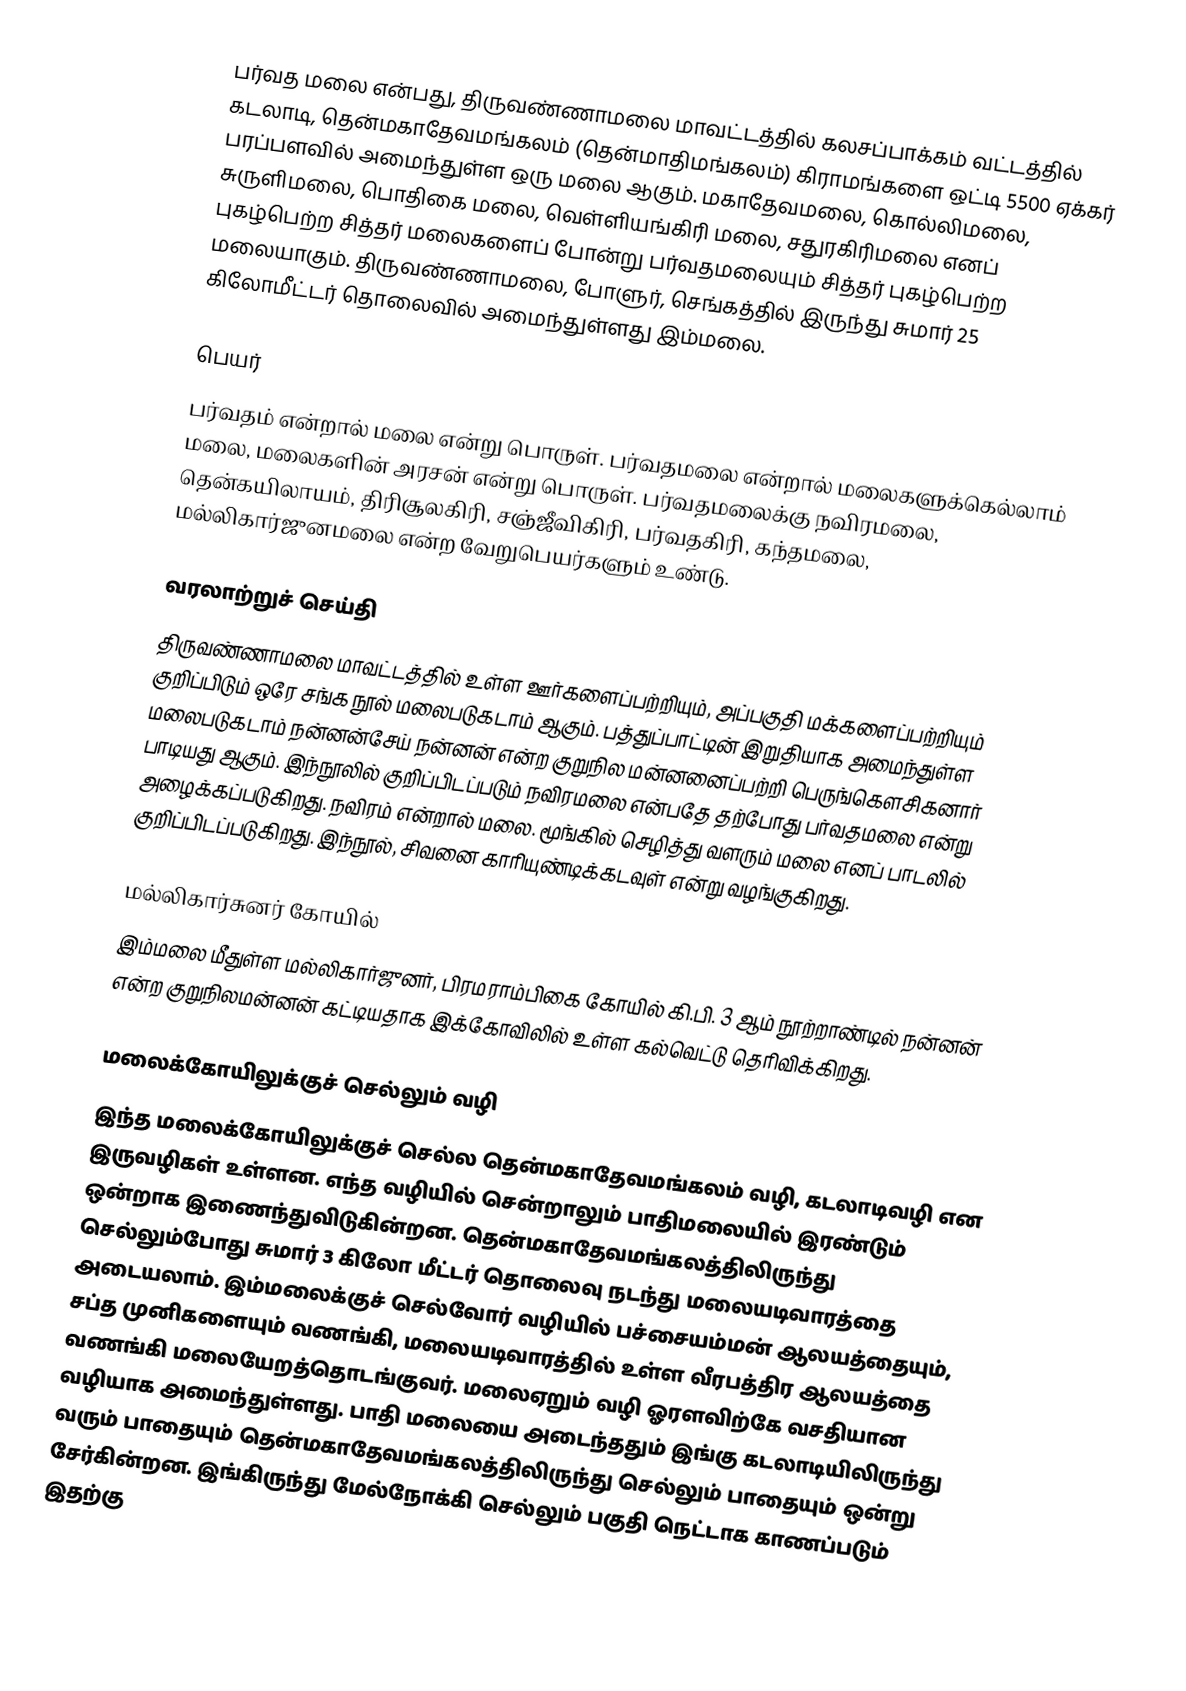
பர்வத மலை என்பது, திருவண்ணாமலை மாவட்டத்தில் கலசப்பாக்கம் வட்டத்தில் கடலாடி, தென்மகாதேவமங்கலம் (தென்மாதிமங்கலம்) கிராமங்களை ஒட்டி 5500 ஏக்கர் பரப்பளவில் அமைந்துள்ள ஒரு மலை ஆகும். மகாதேவமலை, கொல்லிமலை, சுருளிமலை, பொதிகை மலை, வெள்ளியங்கிரி மலை, சதுரகிரிமலை எனப் புகழ்பெற்ற சித்தர் மலைகளைப் போன்று பர்வதமலையும் சித்தர் புகழ்பெற்ற மலையாகும். திருவண்ணாமலை, போளுர், செங்கத்தில் இருந்து சுமார் 25 கிலோமீட்டர் தொலைவில் அமைந்துள்ளது இம்மலை.

பெயர்
பர்வதம் என்றால் மலை என்று பொருள். பர்வதமலை என்றால் மலைகளுக்கெல்லாம் மலை, மலைகளின் அரசன் என்று பொருள். பர்வதமலைக்கு நவிரமலை, தென்கயிலாயம், திரிசூலகிரி, சஞ்ஜீவிகிரி, பர்வதகிரி, கந்தமலை, மல்லிகார்ஜுனமலை என்ற வேறுபெயர்களும் உண்டு.

வரலாற்றுச் செய்தி
திருவண்ணாமலை மாவட்டத்தில் உள்ள ஊர்களைப்பற்றியும், அப்பகுதி மக்களைப்பற்றியும் குறிப்பிடும் ஒரே சங்க நூல் மலைபடுகடாம் ஆகும். பத்துப்பாட்டின் இறுதியாக அமைந்துள்ள மலைபடுகடாம் நன்னன்சேய் நன்னன் என்ற குறுநில மன்னனைப்பற்றி பெருங்கௌசிகனார் பாடியது ஆகும். இந்நூலில் குறிப்பிடப்படும் நவிரமலை என்பதே தற்போது பர்வதமலை என்று அழைக்கப்படுகிறது. நவிரம் என்றால் மலை. மூங்கில் செழித்து வளரும் மலை எனப் பாடலில் குறிப்பிடப்படுகிறது. இந்நூல், சிவனை காரியுண்டிக்கடவுள் என்று வழங்குகிறது.

மல்லிகார்சுனர் கோயில்
இம்மலை மீதுள்ள மல்லிகார்ஜுனர், பிரமராம்பிகை கோயில் கி.பி. 3 ஆம் நூற்றாண்டில் நன்னன் என்ற குறுநிலமன்னன் கட்டியதாக இக்கோவிலில் உள்ள கல்வெட்டு தெரிவிக்கிறது.

மலைக்கோயிலுக்குச் செல்லும் வழி
இந்த மலைக்கோயிலுக்குச் செல்ல தென்மகாதேவமங்கலம் வழி, கடலாடிவழி என இருவழிகள் உள்ளன. எந்த வழியில் சென்றாலும் பாதிமலையில் இரண்டும் ஒன்றாக இணைந்துவிடுகின்றன. தென்மகாதேவமங்கலத்திலிருந்து செல்லும்போது சுமார் 3 கிலோ மீட்டர் தொலைவு நடந்து மலையடிவாரத்தை அடையலாம். இம்மலைக்குச் செல்வோர் வழியில் பச்சையம்மன் ஆலயத்தையும், சப்த முனிகளையும் வணங்கி, மலையடிவாரத்தில் உள்ள வீரபத்திர ஆலயத்தை வணங்கி மலையேறத்தொடங்குவர். மலைஏறும் வழி ஓரளவிற்கே வசதியான வழியாக அமைந்துள்ளது. பாதி மலையை அடைந்ததும் இங்கு கடலாடியிலிருந்து வரும் பாதையும் தென்மகாதேவமங்கலத்திலிருந்து செல்லும் பாதையும் ஒன்று சேர்கின்றன. இங்கிருந்து மேல்நோக்கி செல்லும் பகுதி நெட்டாக காணப்படும் இதற்கு